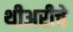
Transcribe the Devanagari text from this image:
थीअरीचे